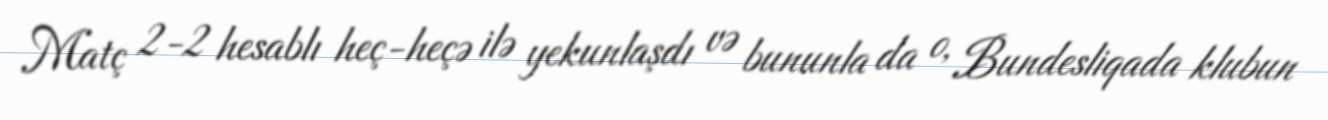
Matç 2-2 hesablı heç-heçə ilə yekunlaşdı və bununla da o, Bundesliqada klubun